Tezpur Lunatic Asylum reports 1877-1894 - 1877-1894
Year: 1877
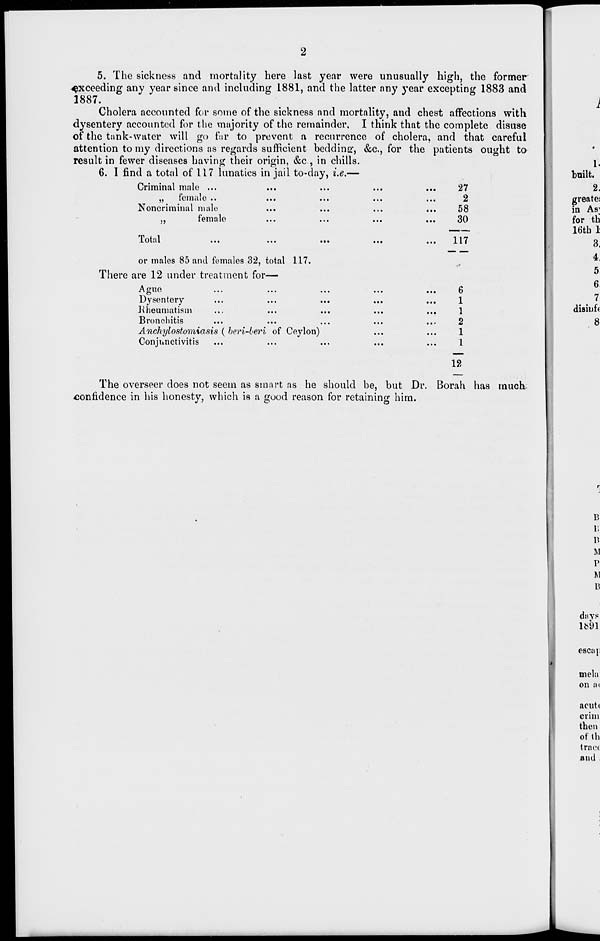
5. The sickness and mortality here last year were unusually high, the former
exceeding any year since and including 1881, and the latter nny year excepting 1883 and
1887.
Cholera accounted for some of the sickness and mortality, and chest affections with
dysentery accounted for the majority of the remainder, I think that the complete disuse
of the tank-water will go fur to prevent a recurrence of cholera, and that careful
attention to my directions as regards sufficient bedding, &c, for the patients ought to
result in fewer diseases having their origin, &c , in chills.
6. 1 find a total of 117 lunatics in jail to-day, i.e.—
Criminal malo ...
...
...
...
...
27
.«
ICIUcltO ••
•••
••»
••■
MI
£
Noncriminal male
...
...
...
...
58
female
...
...
...
...
30
»
Total
117
or males 85 and females 32, total 117.
There are 12 under treatment for—
Ague
•
6
Dysentery
.
1
Kheumatism
...
...
...
. ..
1
Bronchitis
,,
2
Anchylostomiasis ( heri-beri of Ceylon)
..
1
Conjunctivitis
..
1
12
The overseer does not seem as smart as he should be, but Dr. Borah has much
confidence in his honesty, which is a good reason for retaining him.